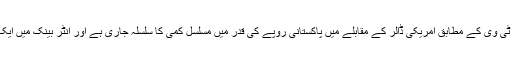
نجی ٹی وی کے مطابق امریکی ڈالر کے مقابلے میں پاکستانی روپے کی قدر میں مسلسل کمی کا سلسلہ جاری ہے اور انٹر بینک میں ایک …